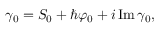
\gamma _ { 0 } = S _ { 0 } + \hbar \varphi _ { 0 } + i \operatorname { I m } \gamma _ { 0 } ,